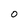
Character: O